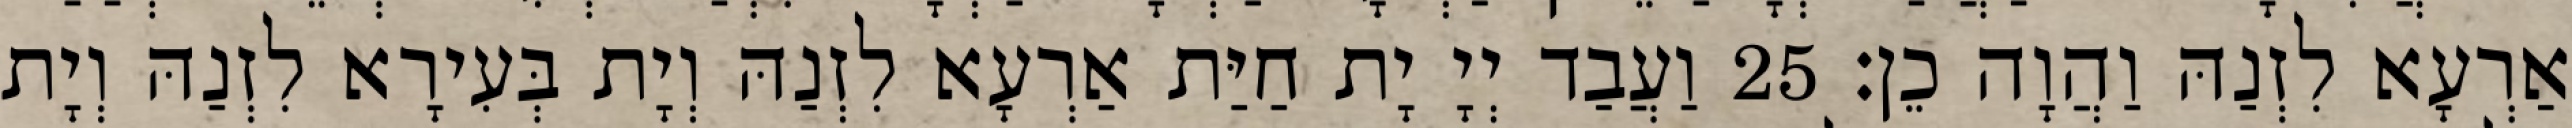
אַרְעָא לִזְנַהּ וַהֲוָה כֵן׃ 25 וַעֲבַד יְיָ יָת חַיַּת אַרְעָא לִזְנַהּ וְיָת בְּעִירָא לִזְנַהּ וְיָת